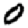
Digit: 0